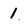
Character: 1